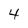
Character: 4